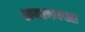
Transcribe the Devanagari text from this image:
अमामबख्श